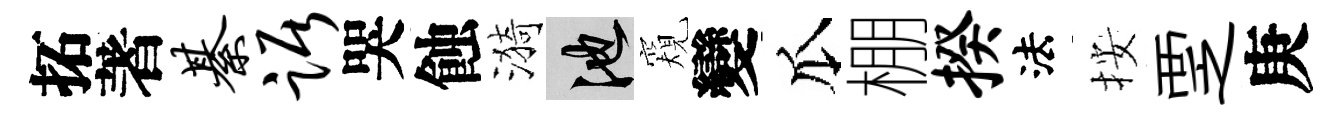
拓著綦踞哭蝕漪池窺變瓜棚揆法按覂庚